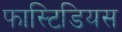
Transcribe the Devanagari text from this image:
फास्टिडियस